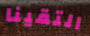
التقينا